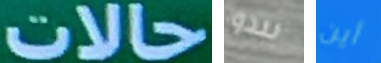
حالات يبدو أين